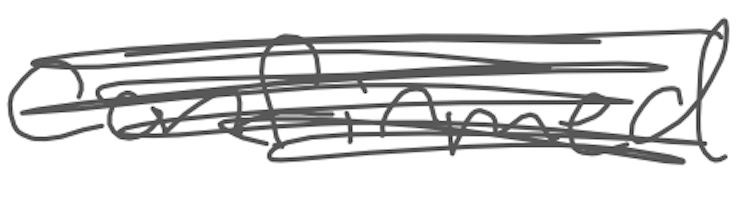
Text: confirmed
Cross-out: scratch
Writing tool: digital_gray